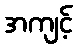
အကျင့်